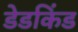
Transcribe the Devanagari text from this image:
डेडकिंड